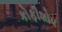
કોફીશોપ